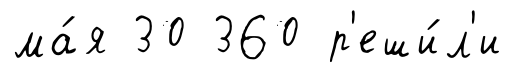
ма́я 30 360 р'еши́л'и